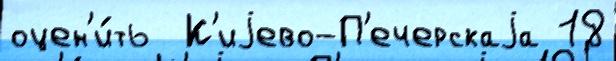
оцен'и́ть  К'иjево-П'ечерскаjа 18